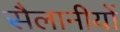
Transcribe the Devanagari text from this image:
सैलानीयों